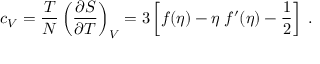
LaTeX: c _ { V } = { \frac { T } { N } } \left( { \frac { \partial S } { \partial T } } \right) _ { V } = 3 \left[ f ( \eta ) - \eta \; f ^ { \prime } ( \eta ) - \frac 1 2 \right] \; .